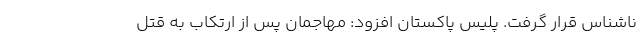
ناشناس قرار گرفت. پلیس پاکستان افزود: مهاجمان پس از ارتکاب به قتل